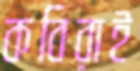
কবিরাই